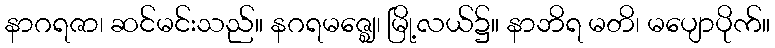
နာဂရဇာ၊ ဆင်မင်းသည်။ နဂရမဇ္ဈေ၊ မြို့လယ်၌။ နာဘိရ မတိ၊ မပျောပိုက်။